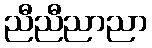
ညီညီညာညာ